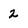
Character: 2